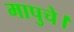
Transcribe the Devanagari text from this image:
मापुचे।